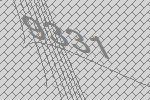
9331